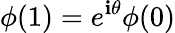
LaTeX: \phi(1)=e^{\mathbf{i}\theta}\phi(0)